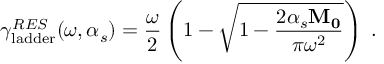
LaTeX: \gamma _ { \mathrm { l a d d e r } } ^ { R E S } ( \omega , \alpha _ { s } ) = { \frac { \omega } { 2 } } \left( 1 - \sqrt { 1 - { \frac { 2 \alpha _ { s } { \bf M _ { 0 } } } { \pi \omega ^ { 2 } } } } \right) \; .